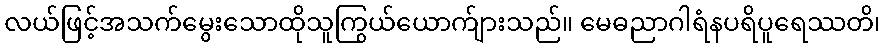
လယ်ဖြင့်အသက်မွေးသောထိုသူကြွယ်ယောက်ျားသည်။ မေဓညာဂါရံနပရိပူရေဿတိ၊